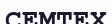
СЕМТЕХ